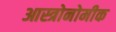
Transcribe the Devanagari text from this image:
आस्त्रोनोमीक